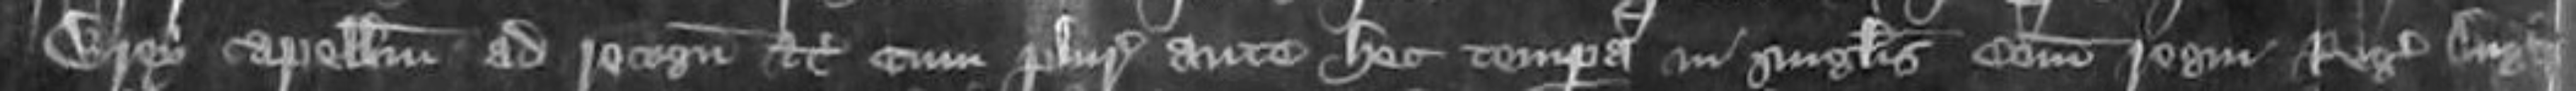
Wrey capellum ad recognoscendum etc cum pluries ante hec tempora in singulis comitatibus regni Regis Anglie